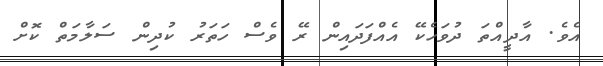
އެވެ. އާދީއްތަ ދުވަހެކޭ އެއްފަދައިން ރޭ ވެސް ހަތަރު ކުދިން ސަލާމަތް ކޮށް